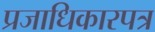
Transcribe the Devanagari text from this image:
प्रजाधिकारपत्र